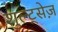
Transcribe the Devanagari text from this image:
शुल्ट्सेज़